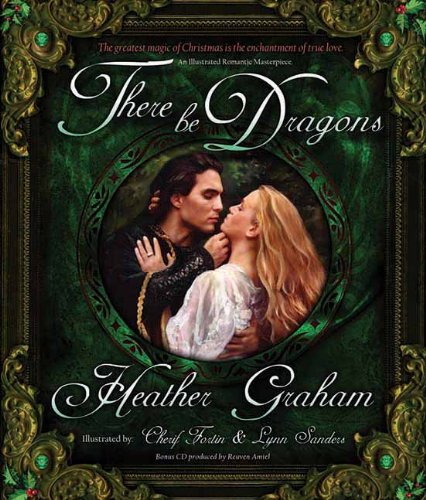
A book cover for There Be Dragons; Heather Graham; Romance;